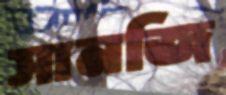
সানজি